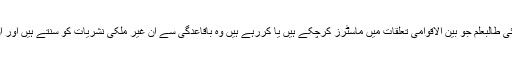
یہاں میں ایک دلچسپ بات آپ کے گوش گزار کرتا چلوں کہ کئی طالبعلم جو بین الاقوامی تعلقات میں ماسٹرز کرچکے ہیں یا کررہے ہیں وہ باقاعدگی سے ان غیر ملکی نشریات کو سنتے ہیں اور ان کا ماننا ہے کہ یہ ہمارے لئے نہایت مدد گار ثابت ہوتی ہیں۔